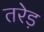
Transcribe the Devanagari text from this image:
तरेड़